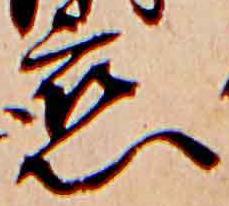
恋